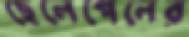
ছেলেপেলের